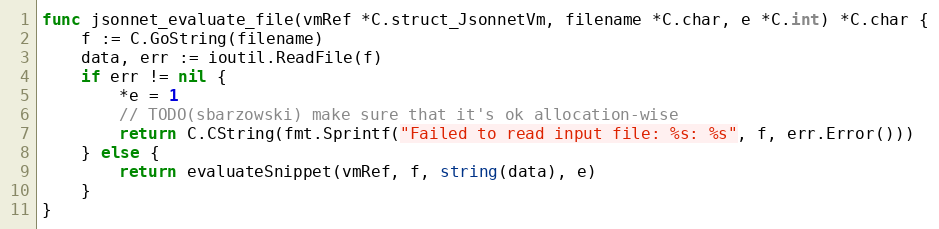
Language: Go
func jsonnet_evaluate_file(vmRef *C.struct_JsonnetVm, filename *C.char, e *C.int) *C.char {
	f := C.GoString(filename)
	data, err := ioutil.ReadFile(f)
	if err != nil {
		*e = 1
		// TODO(sbarzowski) make sure that it's ok allocation-wise
		return C.CString(fmt.Sprintf("Failed to read input file: %s: %s", f, err.Error()))
	} else {
		return evaluateSnippet(vmRef, f, string(data), e)
	}
}